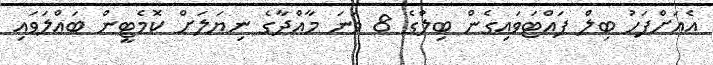
އެއަށްފަހު ބިލް ފައްޓަވައިގެން ބިލްގެ 8 ވަނަ މާއްދާގެ ނިޔަލަށް ކޮމެޓީން ބައްލަވައި